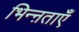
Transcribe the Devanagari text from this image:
भिन्ऩताएँ